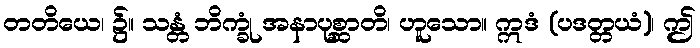
တတိယေ၊ ၌။ သန္တံ ဘိက္ခုံ အနာပုစ္ဆာတိ၊ ဟူသော။ ဣဒံ (ပဒတ္တယံ)၊ ဤ